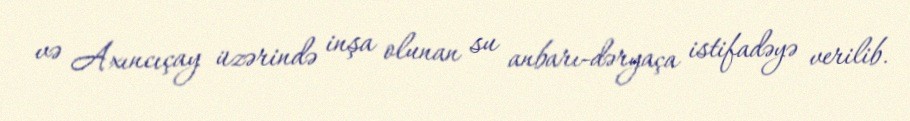
və Axıncıçay üzərində inşa olunan su anbarı-dəryaça istifadəyə verilib.